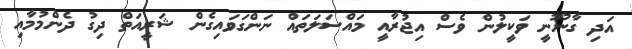
އަދި ގާނޫނީ ވަކީލުން ވެސް އިޖުރާއީ މައްސަލަތައް ނަންގަވައިގެން ޝަރީއަތް ދިގު ދެންމުމާއި